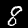
Label: 8